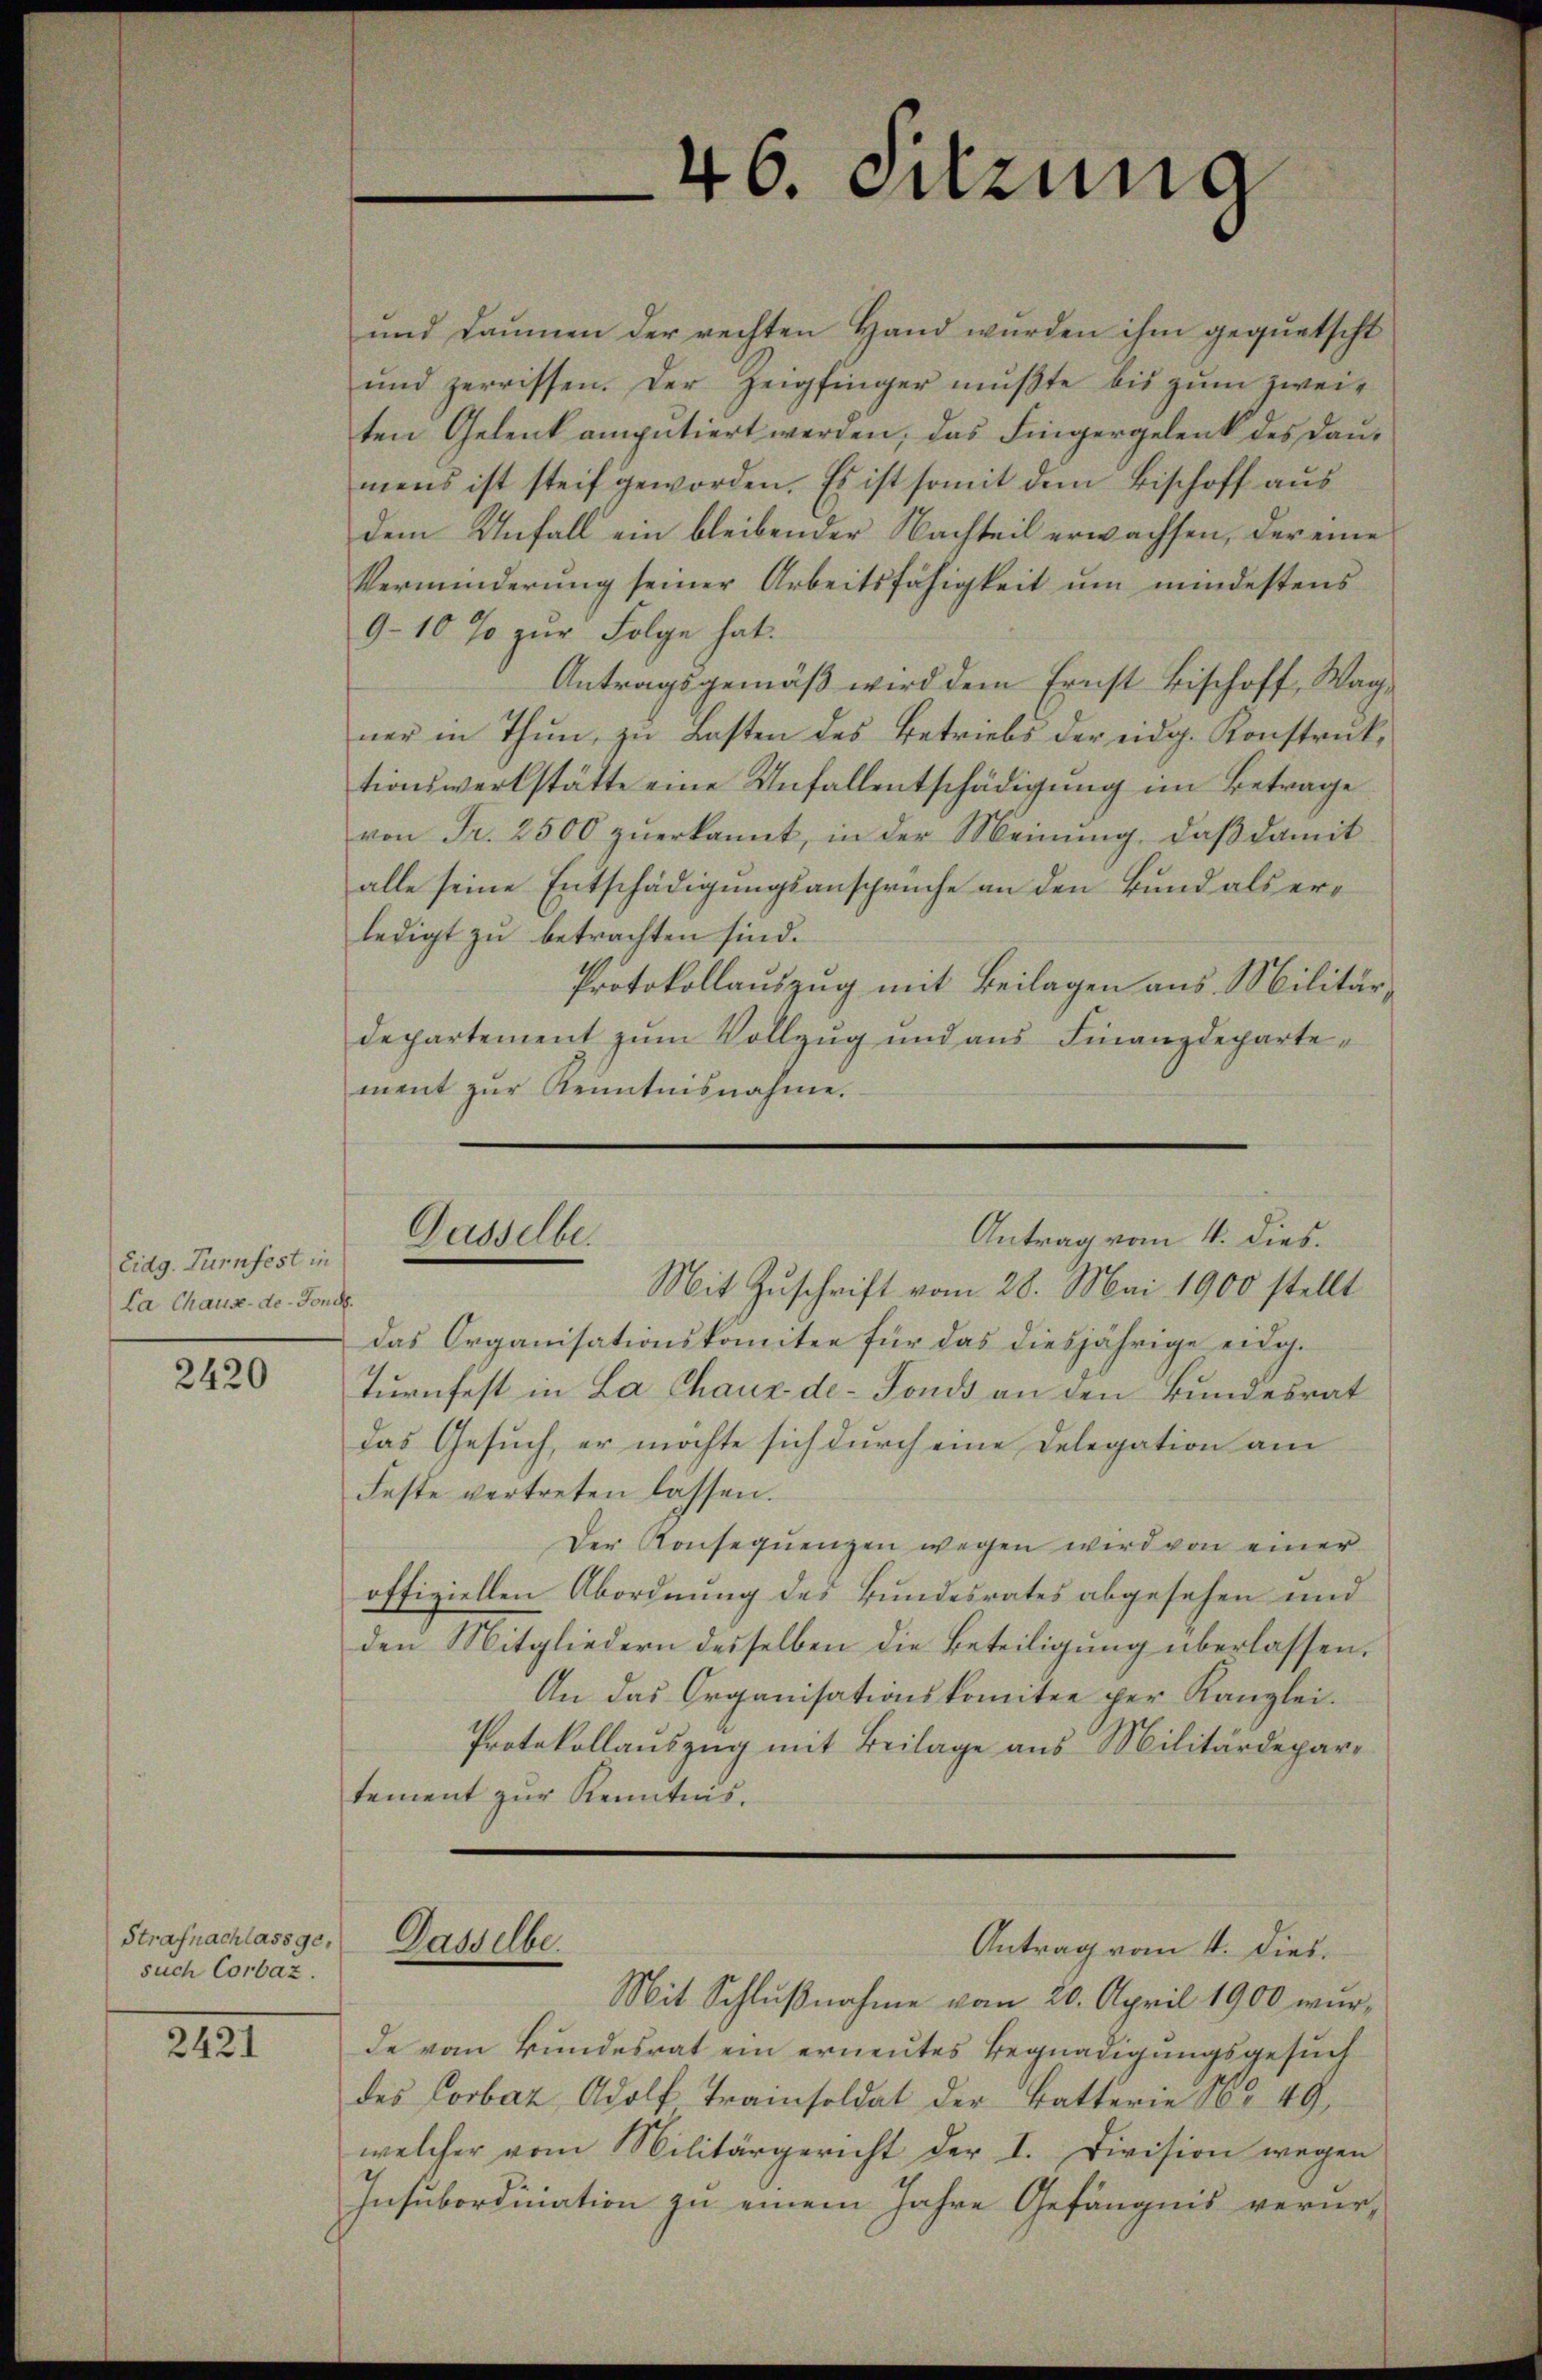
Eidg. Turnfest in
La Chause-de-Fond.

2420

Strafnachlass gesuch Corbaz.

2421

Gasselbe.

.
16. Sitzung

und Baumen der rechten Hand wurden ihm gequetscht
und zerrissen. Der Zeigfinger mŭβte bis zŭm zweiten Gelenk amputiert werden, das Fingergelenk des Daumens ist steif geworden. Es ist somit dem Bischoff aus
dem Unfall ein bleibender Nachteil erwachsen, der eine
Verminderung seiner Arbeitsfähigkeit um mindestens
9-10 % zur Folge hat.
Antragsgemäß wird dem Ernst Bischoff, Wagner in Thun, zu Lasten des Betriebs der eidg. Konstruktionswerkstätte eine Unfallentschädigung im Betrage
von Fr. 2500 zuerkannt, in der Meinung, daß damit
alle seine Entschädigungsansprüche an den Bund als erledigt zu betrachten sind.
Protokollauszug mit Beilagen aus Militär-
departement zum Vollzug und aus Finanzdepartement zŭr Kenntnisnahme.
Mit Zuschrift vom 28. Mai 1900 stellt
Das Organisationskomitee für das diesjährige eidg.
Turnfest in La Chaux-de-Fonds an den Bundesrat
das Gesuch, er möchte sich durch eine Delegation am
Feste vertreten lassen.
Der Konsequenzen wegen wird von einer
offiziellen Abordnung des Bundesrates abgesehen und
den Mitgliedern desselben die Beteiligung überlassen.
An das Organisationskomitee per Kanzlei.
Protokollauszug mit Beilage aus Militärdepartement zŭr Kenntnis.
Daselbe
Antrag vom 4. Dies.
Mit Schlußnahme vom 20. April 1900 wurde vom Bundesrat ein erneutes Begnadigungsgesuch
des Corbaz, Adolf Trainsoldat der Batterie No. 49,
welcher vom Militärgericht der I. Division wegen
Insubordination zu einem Jahre Gefängnis verur-

Antrag vom 4. dies.